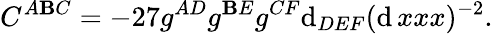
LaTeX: C^{A\mathbf{B}C}=-27g^{AD}g^{\mathbf{B}E}g^{CF}\mathrm{d}_{DEF}(\mathrm{d}\, xxx)^{-2}.